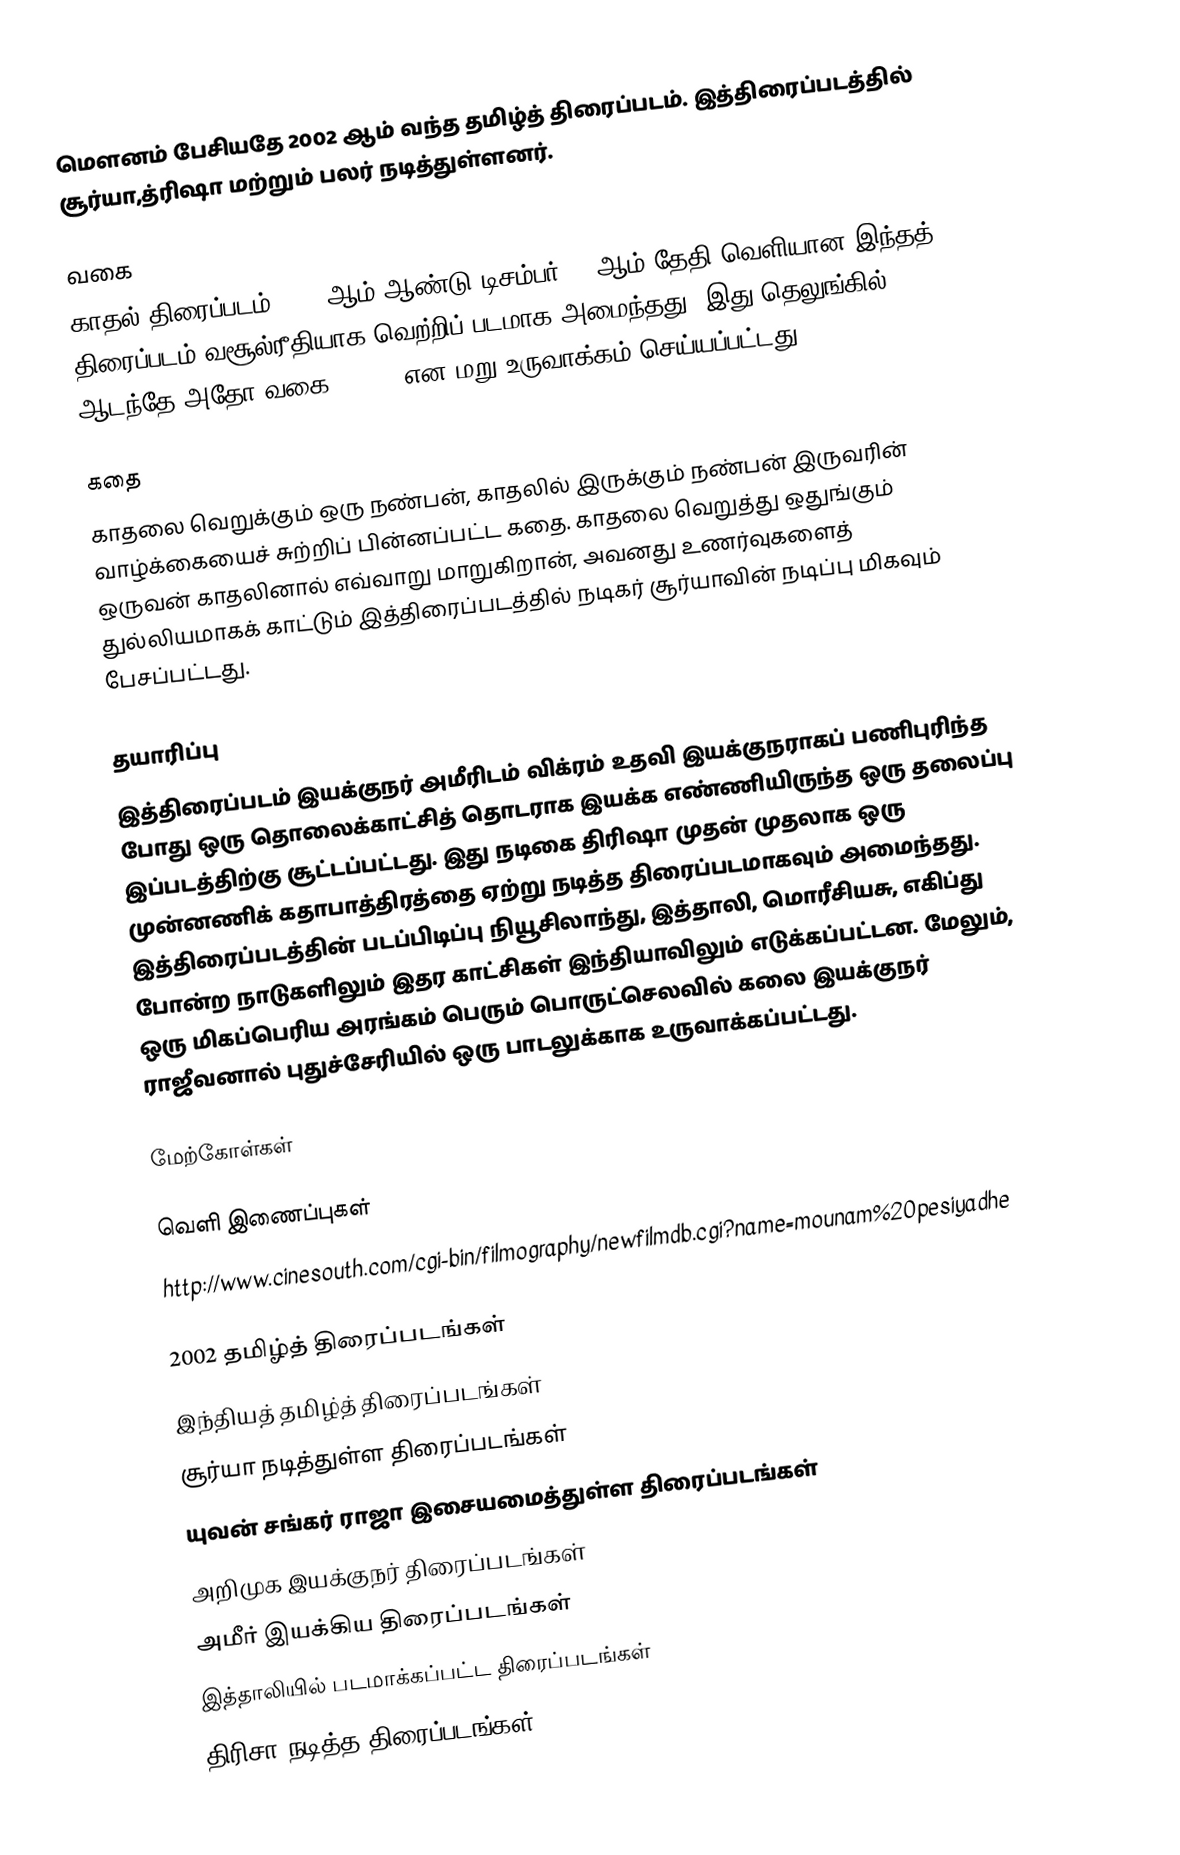
மௌனம் பேசியதே 2002 ஆம் வந்த தமிழ்த் திரைப்படம். இத்திரைப்படத்தில் சூர்யா,த்ரிஷா மற்றும் பலர் நடித்துள்ளனர்.

வகை
காதல் திரைப்படம் 2002 ஆம் ஆண்டு டிசம்பர் 13 ஆம் தேதி வெளியான இந்தத் திரைப்படம் வசூல்ரீதியாக வெற்றிப் படமாக அமைந்தது. இது தெலுங்கில் ஆடந்தே அதோ வகை (2003) என மறு உருவாக்கம் செய்யப்பட்டது.

கதை
காதலை வெறுக்கும் ஒரு நண்பன், காதலில் இருக்கும் நண்பன் இருவரின் வாழ்க்கையைச் சுற்றிப் பின்னப்பட்ட கதை. காதலை வெறுத்து ஒதுங்கும் ஒருவன் காதலினால் எவ்வாறு மாறுகிறான், அவனது உணர்வுகளைத் துல்லியமாகக் காட்டும் இத்திரைப்படத்தில் நடிகர் சூர்யாவின் நடிப்பு மிகவும் பேசப்பட்டது.

தயாரிப்பு
இத்திரைப்படம் இயக்குநர் அமீரிடம் விக்ரம் உதவி இயக்குநராகப் பணிபுரிந்த போது ஒரு தொலைக்காட்சித் தொடராக இயக்க எண்ணியிருந்த ஒரு தலைப்பு இப்படத்திற்கு சூட்டப்பட்டது. இது நடிகை திரிஷா முதன் முதலாக ஒரு முன்னணிக் கதாபாத்திரத்தை ஏற்று நடித்த திரைப்படமாகவும் அமைந்தது. இத்திரைப்படத்தின் படப்பிடிப்பு நியூசிலாந்து, இத்தாலி, மொரீசியசு, எகிப்து போன்ற நாடுகளிலும் இதர காட்சிகள் இந்தியாவிலும் எடுக்கப்பட்டன. மேலும், ஒரு மிகப்பெரிய அரங்கம் பெரும் பொருட்செலவில்  கலை இயக்குநர் ராஜீவனால் புதுச்சேரியில் ஒரு பாடலுக்காக உருவாக்கப்பட்டது.

மேற்கோள்கள்

வெளி இணைப்புகள்
 http://www.cinesouth.com/cgi-bin/filmography/newfilmdb.cgi?name=mounam%20pesiyadhe

2002 தமிழ்த் திரைப்படங்கள்
இந்தியத் தமிழ்த் திரைப்படங்கள்
சூர்யா நடித்துள்ள திரைப்படங்கள்
யுவன் சங்கர் ராஜா இசையமைத்துள்ள திரைப்படங்கள்
அறிமுக இயக்குநர் திரைப்படங்கள்
அமீர் இயக்கிய திரைப்படங்கள்
இத்தாலியில் படமாக்கப்பட்ட திரைப்படங்கள்
திரிசா நடித்த திரைப்படங்கள்